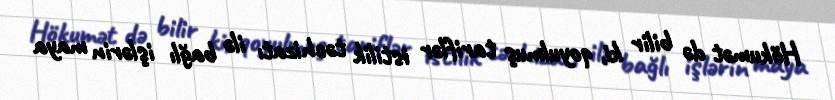
Hökumət də bilir ki, qoyulmuş tariflər istilik təchizatı ilə bağlı işlərin maya